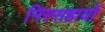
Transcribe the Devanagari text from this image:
निस्सहायों